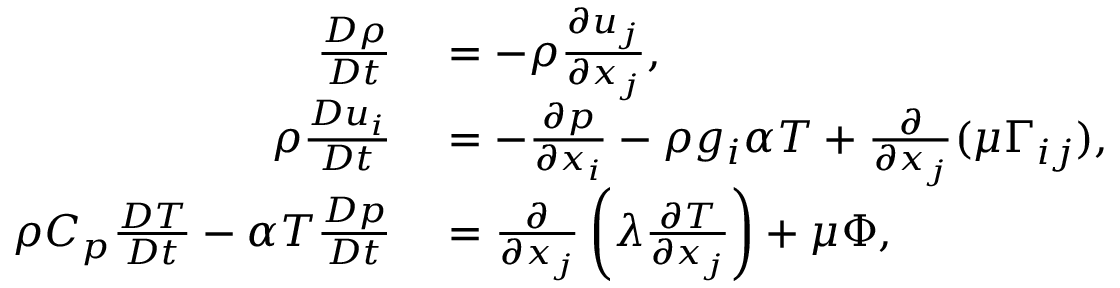
\begin{array} { r l } { \frac { D \rho } { D t } } & { { } = - \rho \frac { \partial u _ { j } } { \partial x _ { j } } , } \\ { \rho \frac { D u _ { i } } { D t } } & { { } = - \frac { \partial p } { \partial x _ { i } } - \rho g _ { i } \alpha T + \frac { \partial } { \partial x _ { j } } ( \mu \Gamma _ { i j } ) , } \\ { \rho C _ { p } \frac { D T } { D t } - \alpha T \frac { D p } { D t } } & { { } = \frac { \partial } { \partial x _ { j } } \left( \lambda \frac { \partial T } { \partial x _ { j } } \right) + \mu \Phi , } \end{array}